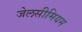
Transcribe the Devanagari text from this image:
जेलसीमियम